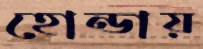
হোন্ডায়